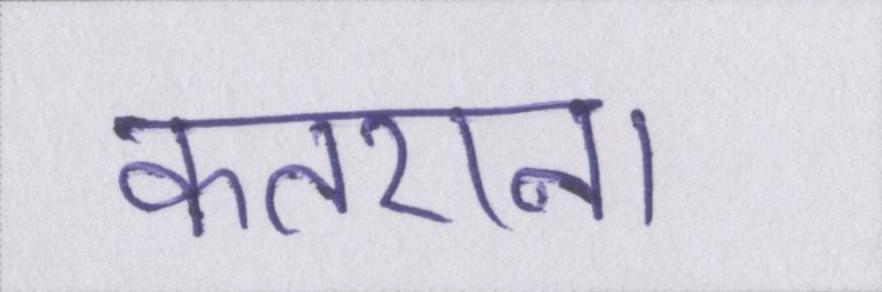
कतराना